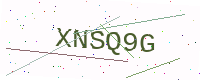
Text: XNSQ9G